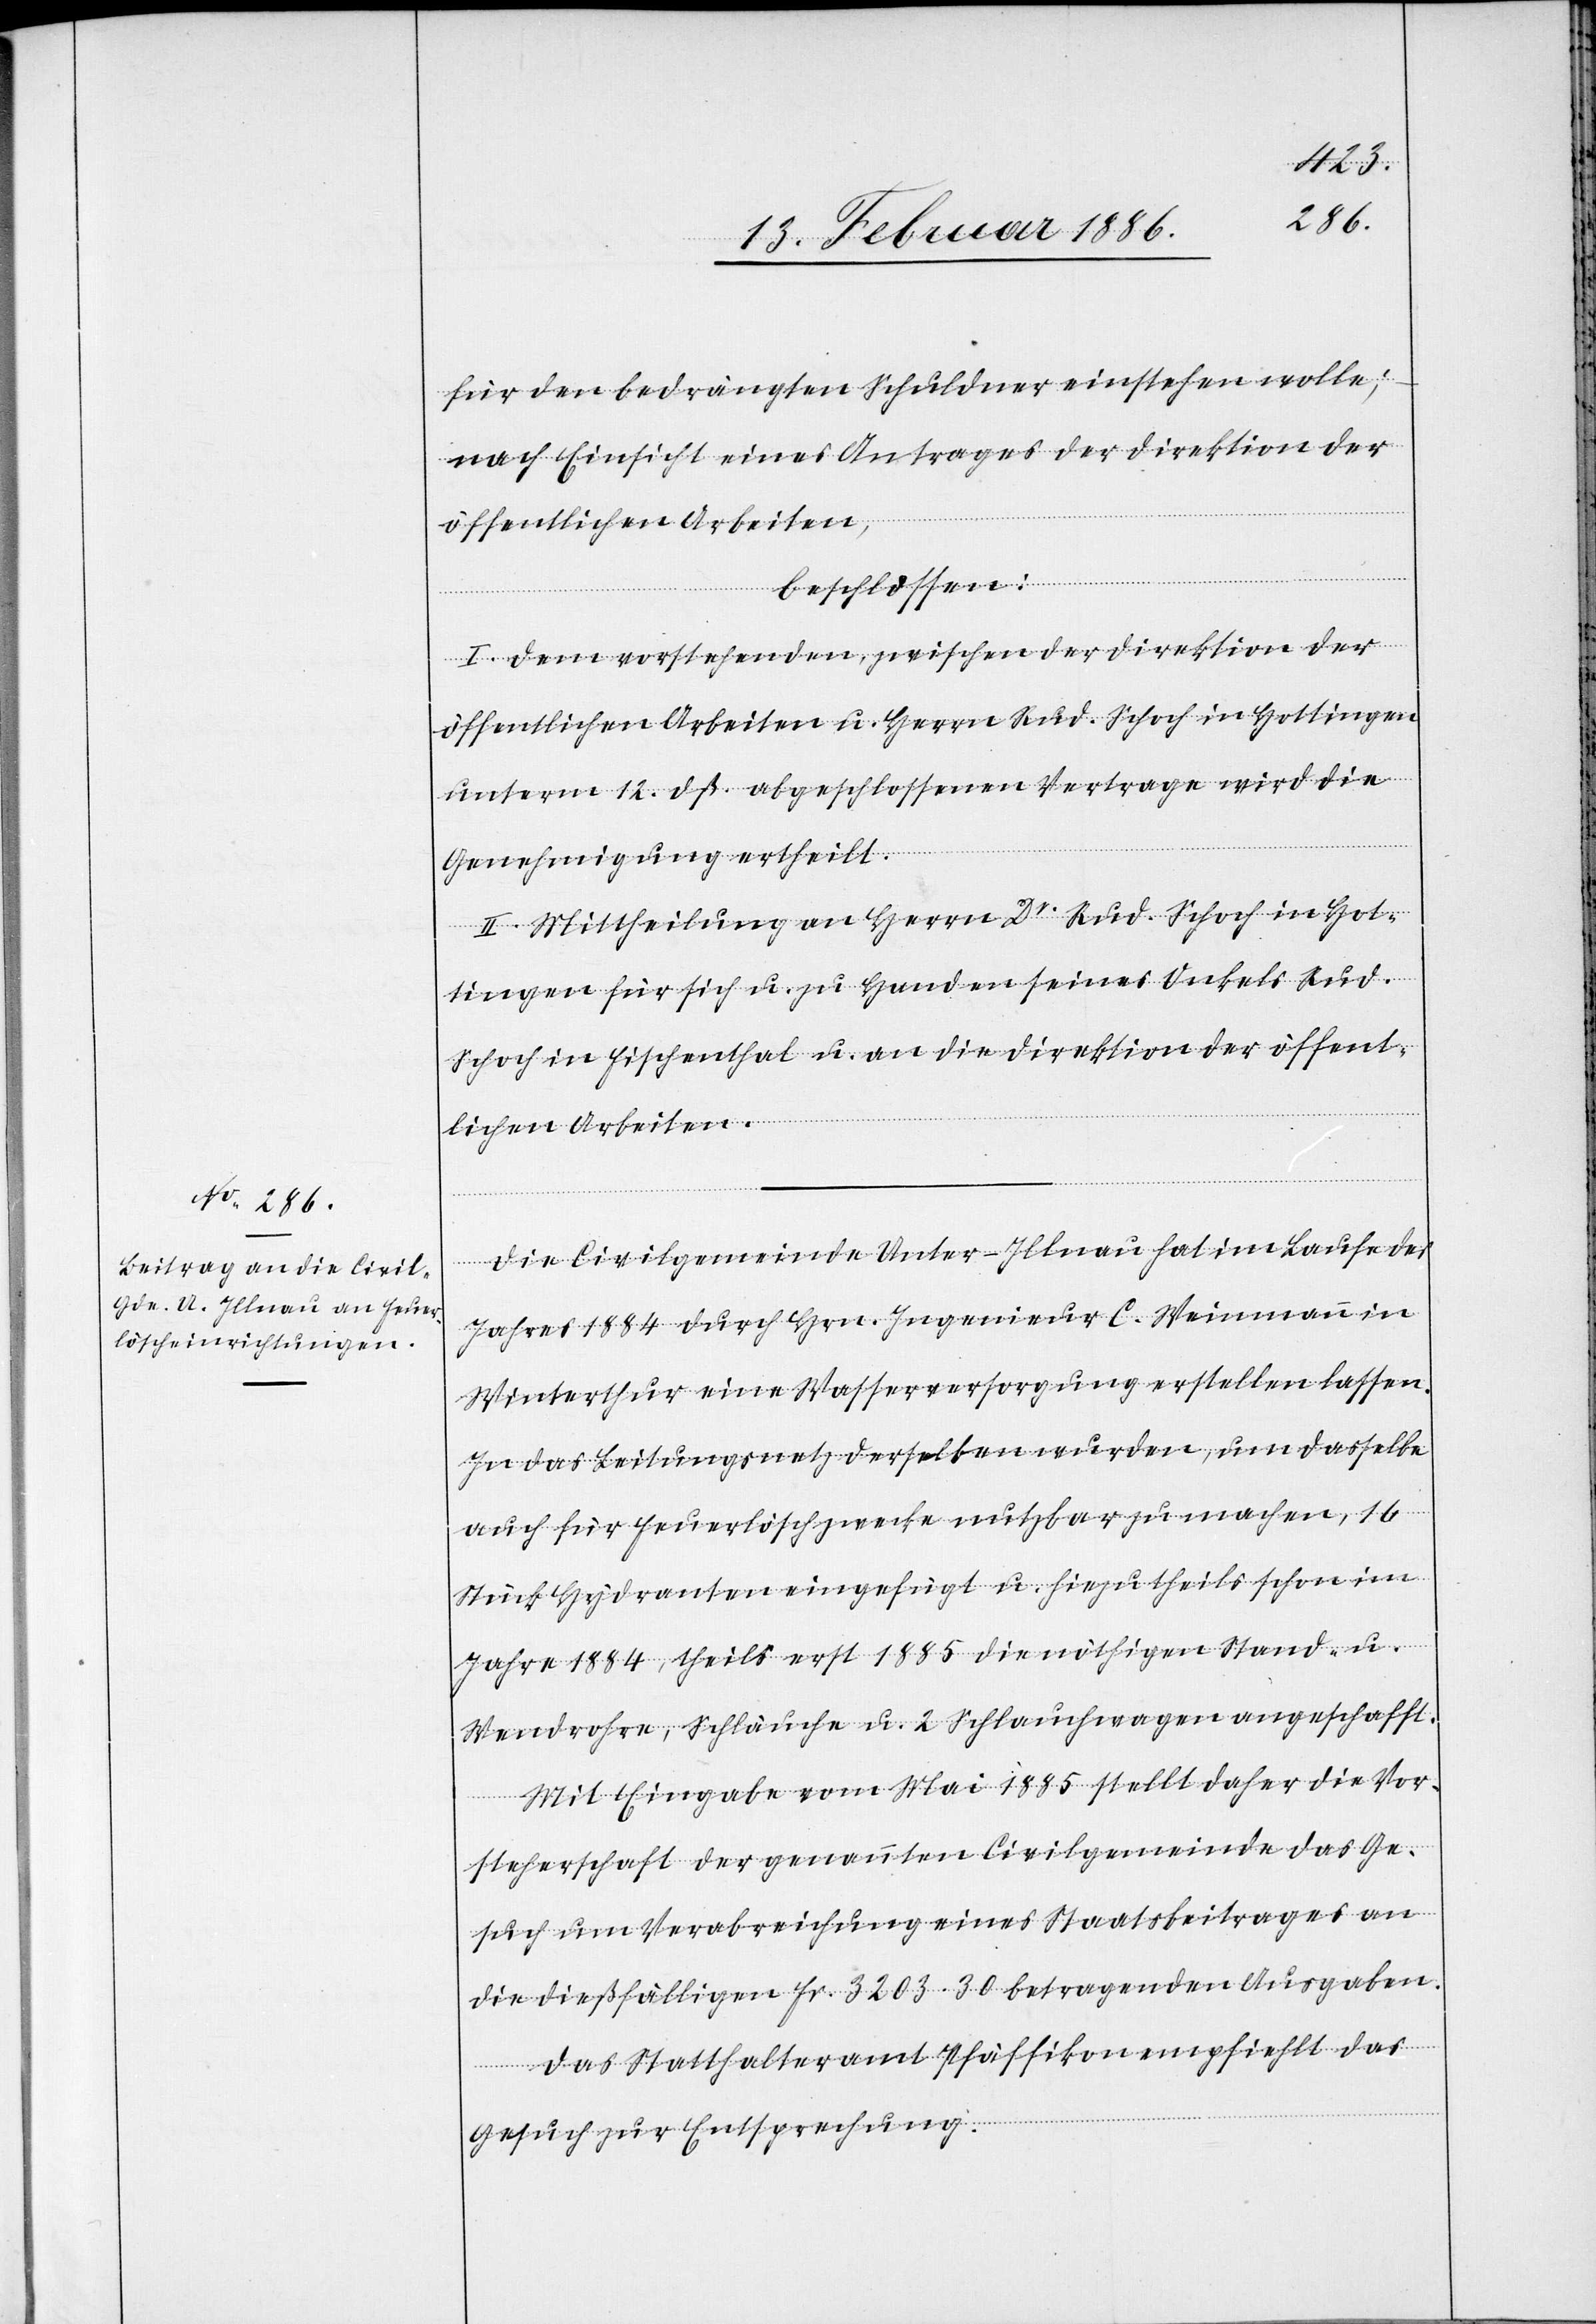
für den bedrängten Schuldner einstehen solle;
nach Einsicht eines Antrages der Direktion der
öffentlichen Arbeiten,
beschlossen:
I. Dem vorstehenden, zwischen der Direktion der
öffentlichen Arbeiten u. Herrn Rud. Schoch in Hottingen
unterm 12. dß. abgeschlossenen Vertrage wird die
Genehmigung ertheilt.
II. Mittheilung an Herrn Dr. Rud. Schoch in Hot¬
tingen für sich u., zu Handen seines Onkels Rud.
Schoch in Fischenthal u. an die Direktion der öffent¬
lichen Arbeiten.
Die Civilgemeinde Unter-Illnau hat im Laufe des
Jahres 1884 durch Hrn. Ingenieur C. Weinmann in
Winterthur eine Wasserversorgung erstellen lassen.
In das Leitungsnetz derselben wurden, um dasselbe
auch für Feuerlöschzwecke nutzbar zu machen, 16
Stück Hydranten eingefügt u. hiezu theils schon im
Jahre 1884, theils erst 1885 die nöthigen Stand- u.
Wendrohre, Schläuche u. 2 Schlammwagen angeschafft.
Mit Eingabe vom Mai 1885 stellt daher die Vor¬
steherschaft der genannten Civilgemeinde das Ge¬
such um Verabreichung eines Staatsbeitrages an
die dießfälligen Fr. 3203.30 betragenden Ausgaben.
Das Statthalteramt Pfäffikon empfiehlt das
Gesuch zur Entsprechung.